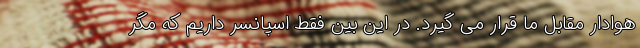
هوادار مقابل ما قرار می گیرد. در این بین فقط اسپانسر داریم که مگر